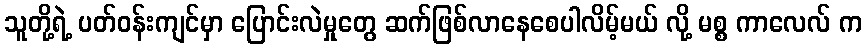
သူတို့ရဲ့ ပတ်ဝန်းကျင်မှာ ပြောင်းလဲမှုတွေ ဆက်ဖြစ်လာနေစေပါလိမ့်မယ် လို့ မစ္စ ကာလေလ် က